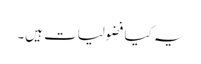
یہ کیا فضولیات ہیں۔